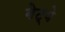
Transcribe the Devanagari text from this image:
गेट्वे